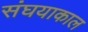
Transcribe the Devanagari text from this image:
संघयाकाल